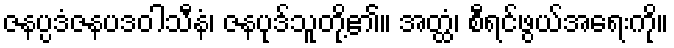
ဇနပ္ပဒံဇနပဒဝါသီနံ၊ ဇနပုဒ်သူတို့၏။ အတ္ထံ၊ စီရင်ဖွယ်အရေးကို။